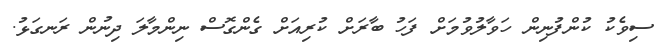
ސިވެކު ކުންފުނިން ހަވާލުވުމަށް ފަހު ބާރަށް ކުރިއަށް ގެންގޮސް ނިންމާލަ ދިނުން ރަނގަޅު.